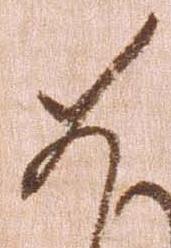
如